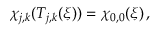
\chi _ { j , k } ( T _ { j , k } ( \boldsymbol { \xi } ) ) = \chi _ { 0 , 0 } ( \boldsymbol { \xi } ) \, ,